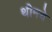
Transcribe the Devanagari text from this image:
थीमचे